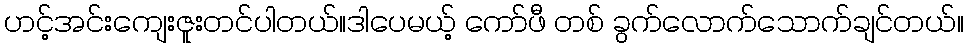
ဟင့်အင်းကျေးဇူးတင်ပါတယ်။ဒါပေမယ့် ကော်ဖီ တစ် ခွက်လောက်သောက်ချင်တယ်။